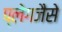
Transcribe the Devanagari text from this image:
प्लेगजैसे